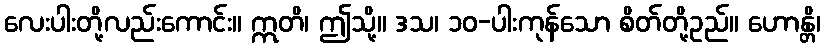
လေးပါးတို့လည်းကောင်း။ ဣတိ၊ ဤသို့။ ဒသ၊ ၁၀-ပါးကုန်သော စိတ်တို့ဥည်။ ဟောန္တိ၊